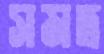
সমদ্র